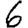
Digit: 6